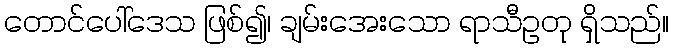
တောင်ပေါ်ဒေသ ဖြစ်၍၊ ချမ်းအေးသော ရာသီဥတု ရှိသည်။